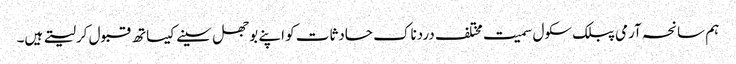
ہم سانحہ آرمی پبلک سکول سمیت مختلف دردناک حادثات کو اپنے بوجھل سینے کیساتھ قبول کرلیتے ہیں۔